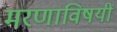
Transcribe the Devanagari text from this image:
मरणाविषयीं